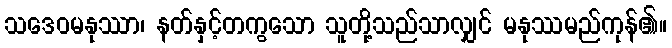
သဒေဝမနုဿာ၊ နတ်နှင့်တကွသော သူတို့သည်သာလျှင် မနုဿမည်ကုန်၏။